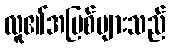
လူ၏အပြစ်များသည်